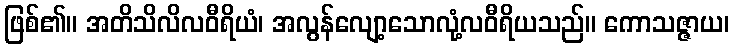
ဖြစ်၏။ အတိသိလိလဝီရိယံ၊ အလွန်လျော့သောလုံ့လဝီရိယသည်။ ကောသဇ္ဇာယ၊